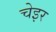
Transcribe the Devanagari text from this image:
चेइर